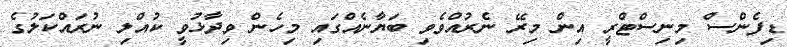
ޑިފެންސް މިނިސްޓްރީ އިން މިރޭ ނެރުއްވެވި ބަޔާނެއްގައި މިހެން ވިދާޅުވީ ކުއްލި ނުރައްކަލުގެ